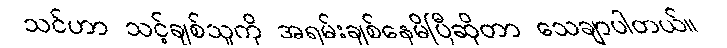
သင်ဟာ သင့်ချစ်သူကို အရမ်းချစ်နေမိပြီဆိုတာ သေချာပါတယ်။